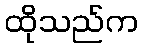
ထိုသည်က